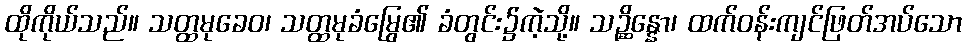
ထိုကိုယ်သည်။ သတ္ထမုခေဝ၊ သတ္ထမုခံမြွေ၏ ခံတွင်း၌ကဲ့သို့။ သဉ္ဆိန္နော၊ ထက်ဝန်းကျင်ဖြတ်အပ်သော